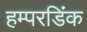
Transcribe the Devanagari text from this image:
हम्परडिंक